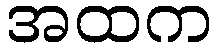
အထက